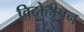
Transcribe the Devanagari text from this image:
विद्रोहीपन